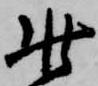
此